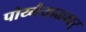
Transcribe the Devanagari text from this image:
पोय्गैयाळ्वार्